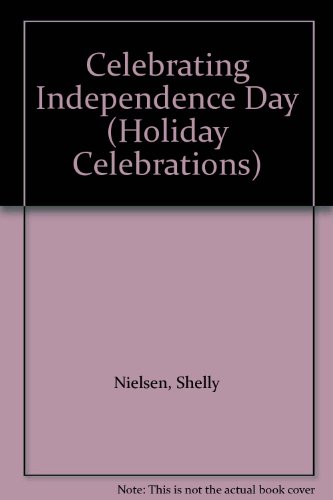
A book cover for Celebrating Independence Day (Holiday Celebrations); Shelly Nielsen; Children's Books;